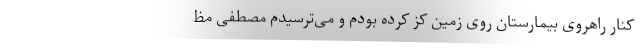
کنار راهروی بیمارستان روی زمین کِز کرده بودم و می‌ترسیدم مصطفی مظ